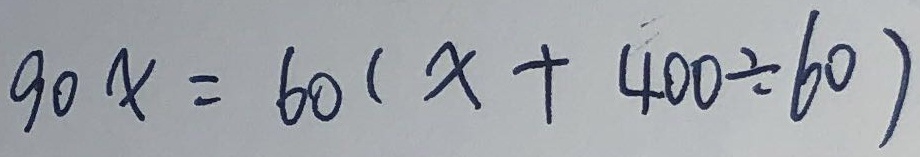
9 0 x = 6 0 ( x + 4 0 0 \div 6 0 )